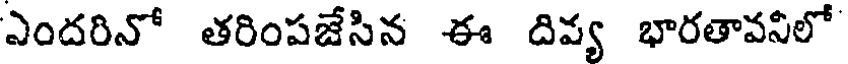
ఎందరినో తరింపజేసిన ఈ దివ్య భారతావనిలో